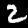
Digit: 2